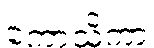
ကောသိကာ